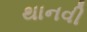
થાનવી